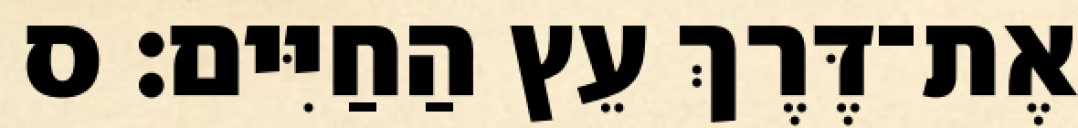
אֶת־דֶּרֶךְ עֵץ הַחַיִּים׃ ס